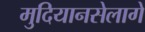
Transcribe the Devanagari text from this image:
मुदियानसेलागे